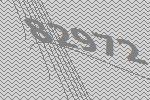
82972